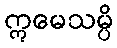
ဣမေသမ္ပိ